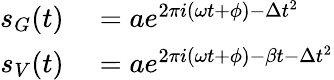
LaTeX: \begin{array}{rl}{s_{G}(t)}&{{}=ae^{2\pi i(\omega t+\phi)-\Delta t^{2}}}\\ {s_{V}(t)}&{{}=ae^{2\pi i(\omega t+\phi)-\beta t-\Delta t^{2}}}\end{array}